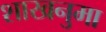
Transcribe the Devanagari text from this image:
शाखनुमा